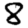
Digit: 8